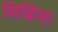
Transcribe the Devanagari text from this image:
सिद्धिम्।